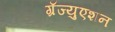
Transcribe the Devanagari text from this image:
ग्रॅज्युएशन